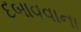
દબાવવાના